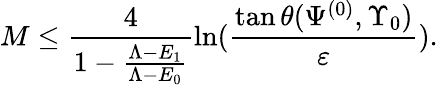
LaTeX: M\leq\frac{4}{1-\frac{\Lambda-E_{1}}{\Lambda-E_{0}}}\ln(\frac{\tan\theta(\Psi^{(0)},\Upsilon_{0})}{\varepsilon}).